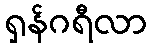
ရှန်ဂရီလာ